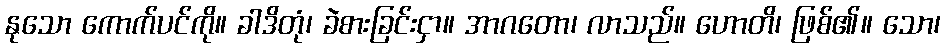
နုသော ကောက်ပင်ကို။ ခါဒိတုံ၊ ခဲစားခြင်းငှာ။ အာဂတော၊ လာသည်။ ဟောတိ၊ ဖြစ်၏။ သော၊